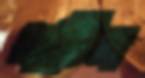
থার্টিন